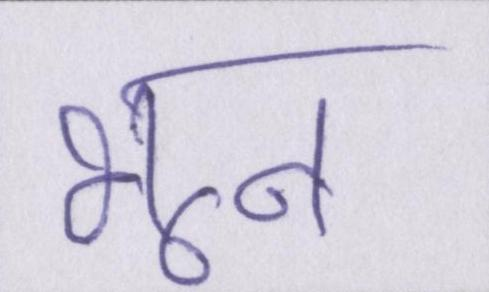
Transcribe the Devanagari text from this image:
भून